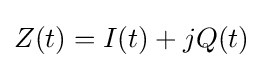
Z(t)=I(t)+jQ(t)